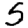
Digit: 5